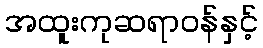
အထူးကုဆရာဝန်နှင့်